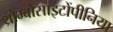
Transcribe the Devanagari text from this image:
थ्रोम्बोसाइटोंपीनिया